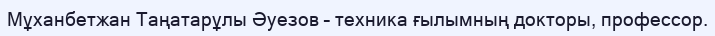
Мұханбетжан Таңатарұлы Әуезов – техника ғылымның докторы, профессор.